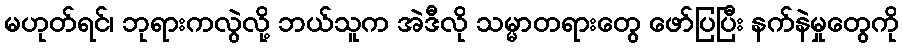
မဟုတ်ရင်၊ ဘုရားကလွဲလို့ ဘယ်သူက အဲဒီလို သမ္မာတရားတွေ ဖော်ပြပြီး နက်နဲမှုတွေကို